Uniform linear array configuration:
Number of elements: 12
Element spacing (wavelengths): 0.5
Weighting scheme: exponential
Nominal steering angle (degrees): -45
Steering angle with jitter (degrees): -46.342
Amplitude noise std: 0.05
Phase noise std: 0.05

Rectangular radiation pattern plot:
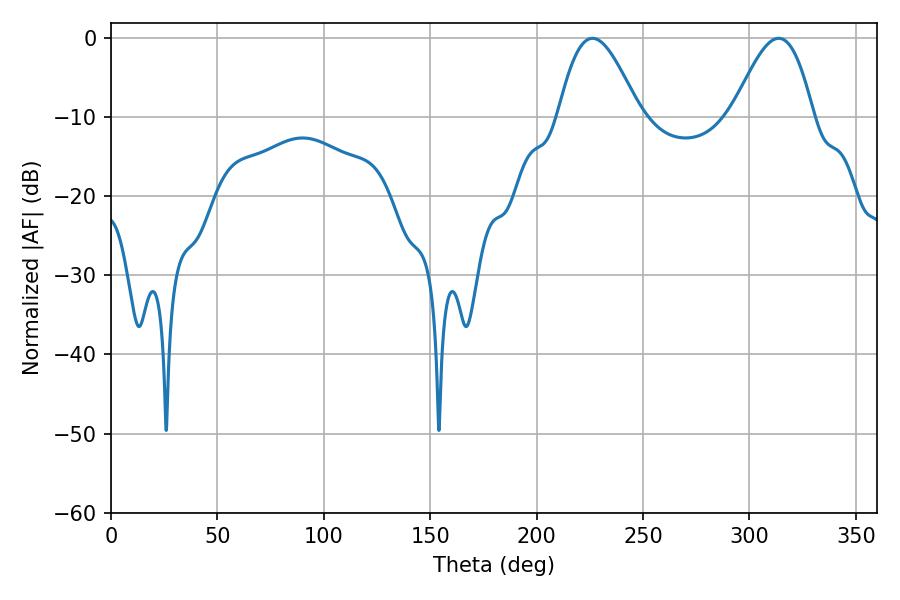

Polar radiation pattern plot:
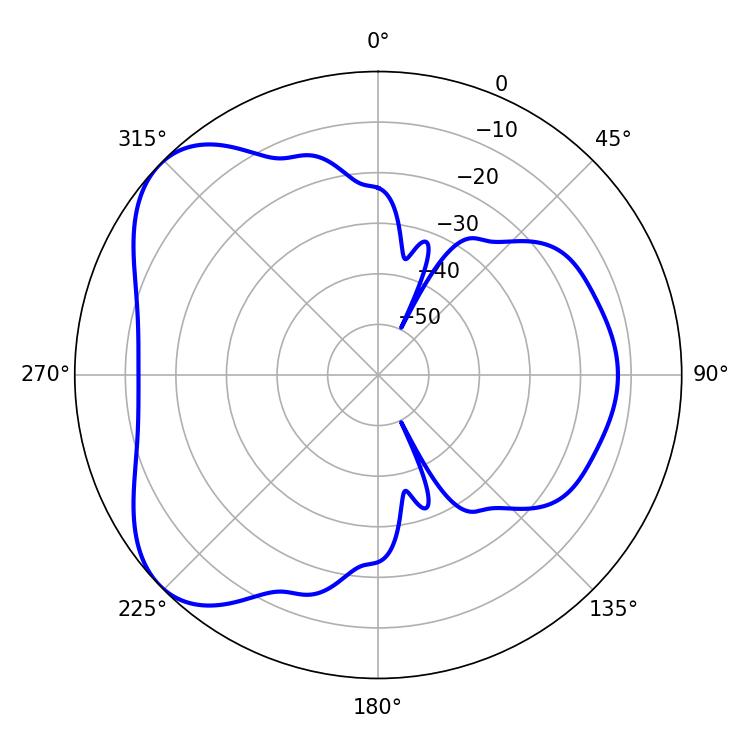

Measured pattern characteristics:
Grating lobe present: FALSE
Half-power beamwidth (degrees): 20.34
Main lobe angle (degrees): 226.26